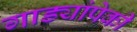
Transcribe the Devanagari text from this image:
गाड्यांपेकी